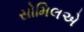
સોમિલએ